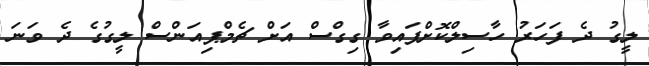
ލީގު ދެ ފަހަރު ހާސިލްކޮށްފައިވާ ގިގްސް އަށް ޗެމްޕިއަންސް ލީގުގެ ދެ ވަނަ